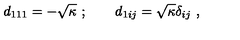
d _ { 1 1 1 } = - \sqrt { \kappa } \ ; \qquad d _ { 1 i j } = \sqrt { \kappa } \delta _ { i j } \ ,